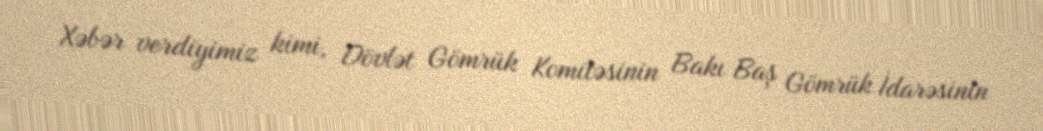
Xəbər verdiyimiz kimi, Dövlət Gömrük Komitəsinin Bakı Baş Gömrük İdarəsinin